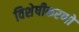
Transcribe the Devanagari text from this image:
विशेषीकरणों